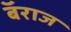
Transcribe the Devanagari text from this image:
बॅराज